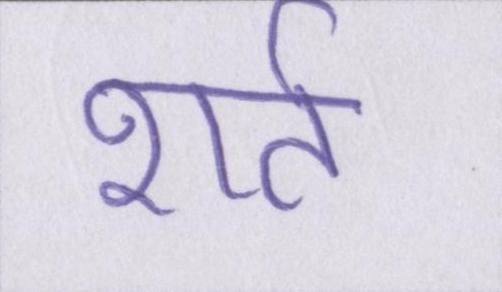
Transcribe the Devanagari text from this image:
शर्त